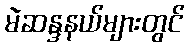
မဲဆန္ဒနယ်များတွင်